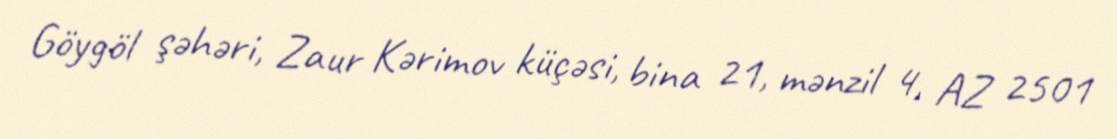
Göygöl şəhəri, Zaur Kərimov küçəsi, bina 21, mənzil 4, AZ 2501